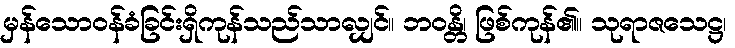
မှန်သောဝန်ခံခြင်းရှိကုန်သည်သာလျှင်။ ဘဝန္တိ၊ ဖြစ်ကုန်၏။ သုရာဇသေဋ္ဌ၊